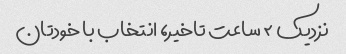
نزدیک ۲ ساعت تاخیر، انتخاب با خودتان